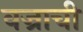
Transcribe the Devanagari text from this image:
वज्राची